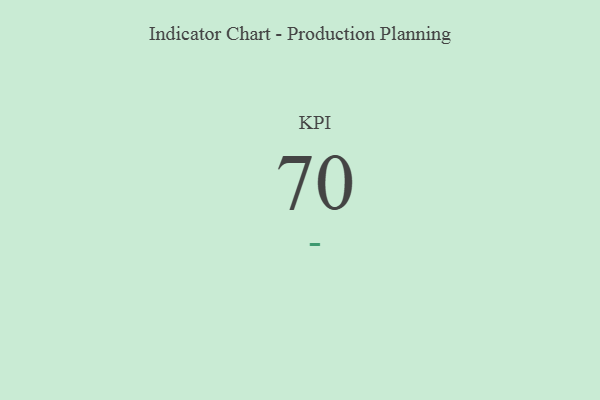
{"axis": {"x": "KPI", "y": "Value"}, "legend": [""], "data": [{"x": "KPI", "y": 70, "type": ""}]}